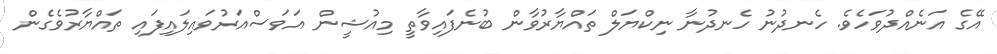
އޭގެ އަނެއްދުވަހެވެ. ހެނދުނު ހެނދުނާ ނިކްޔަލް ތައްޔާރުވާން ބުނެފައިވާތީ މިއުޝީން އަވަސްއަރުވައިލައިފައި ތައްޔާރުވެގެން